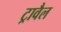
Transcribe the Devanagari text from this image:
ट्रावैल